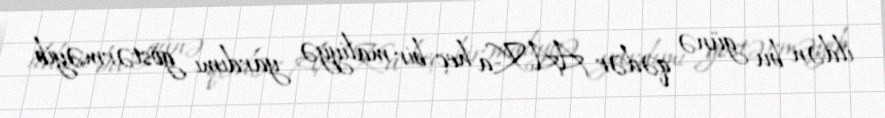
ildən bu günə qədər AAK-a heç bir maliyyə yardımı göstərməyib.